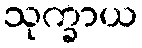
သုက္ခာယ